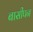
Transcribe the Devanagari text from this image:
बासीपन